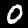
Digit: 0